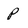
Character: p